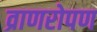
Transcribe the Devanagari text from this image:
व्राणरोपण